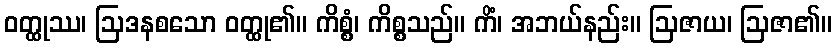
ဝတ္ထုဿ၊ ဩဒနစသော ဝတ္ထု၏။ ကိစ္စံ၊ ကိစ္စသည်။ ကိံ၊ အဘယ်နည်း။ ဩဇာယ၊ ဩဇာ၏။